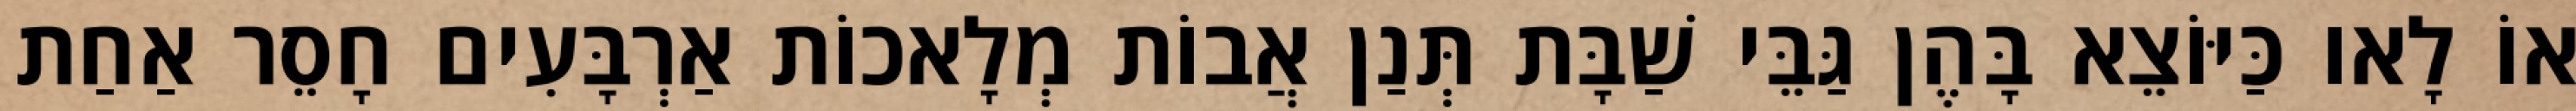
אוֹ לָאו כַּיּוֹצֵא בָּהֶן גַּבֵּי שַׁבָּת תְּנַן אֲבוֹת מְלָאכוֹת אַרְבָּעִים חָסֵר אַחַת